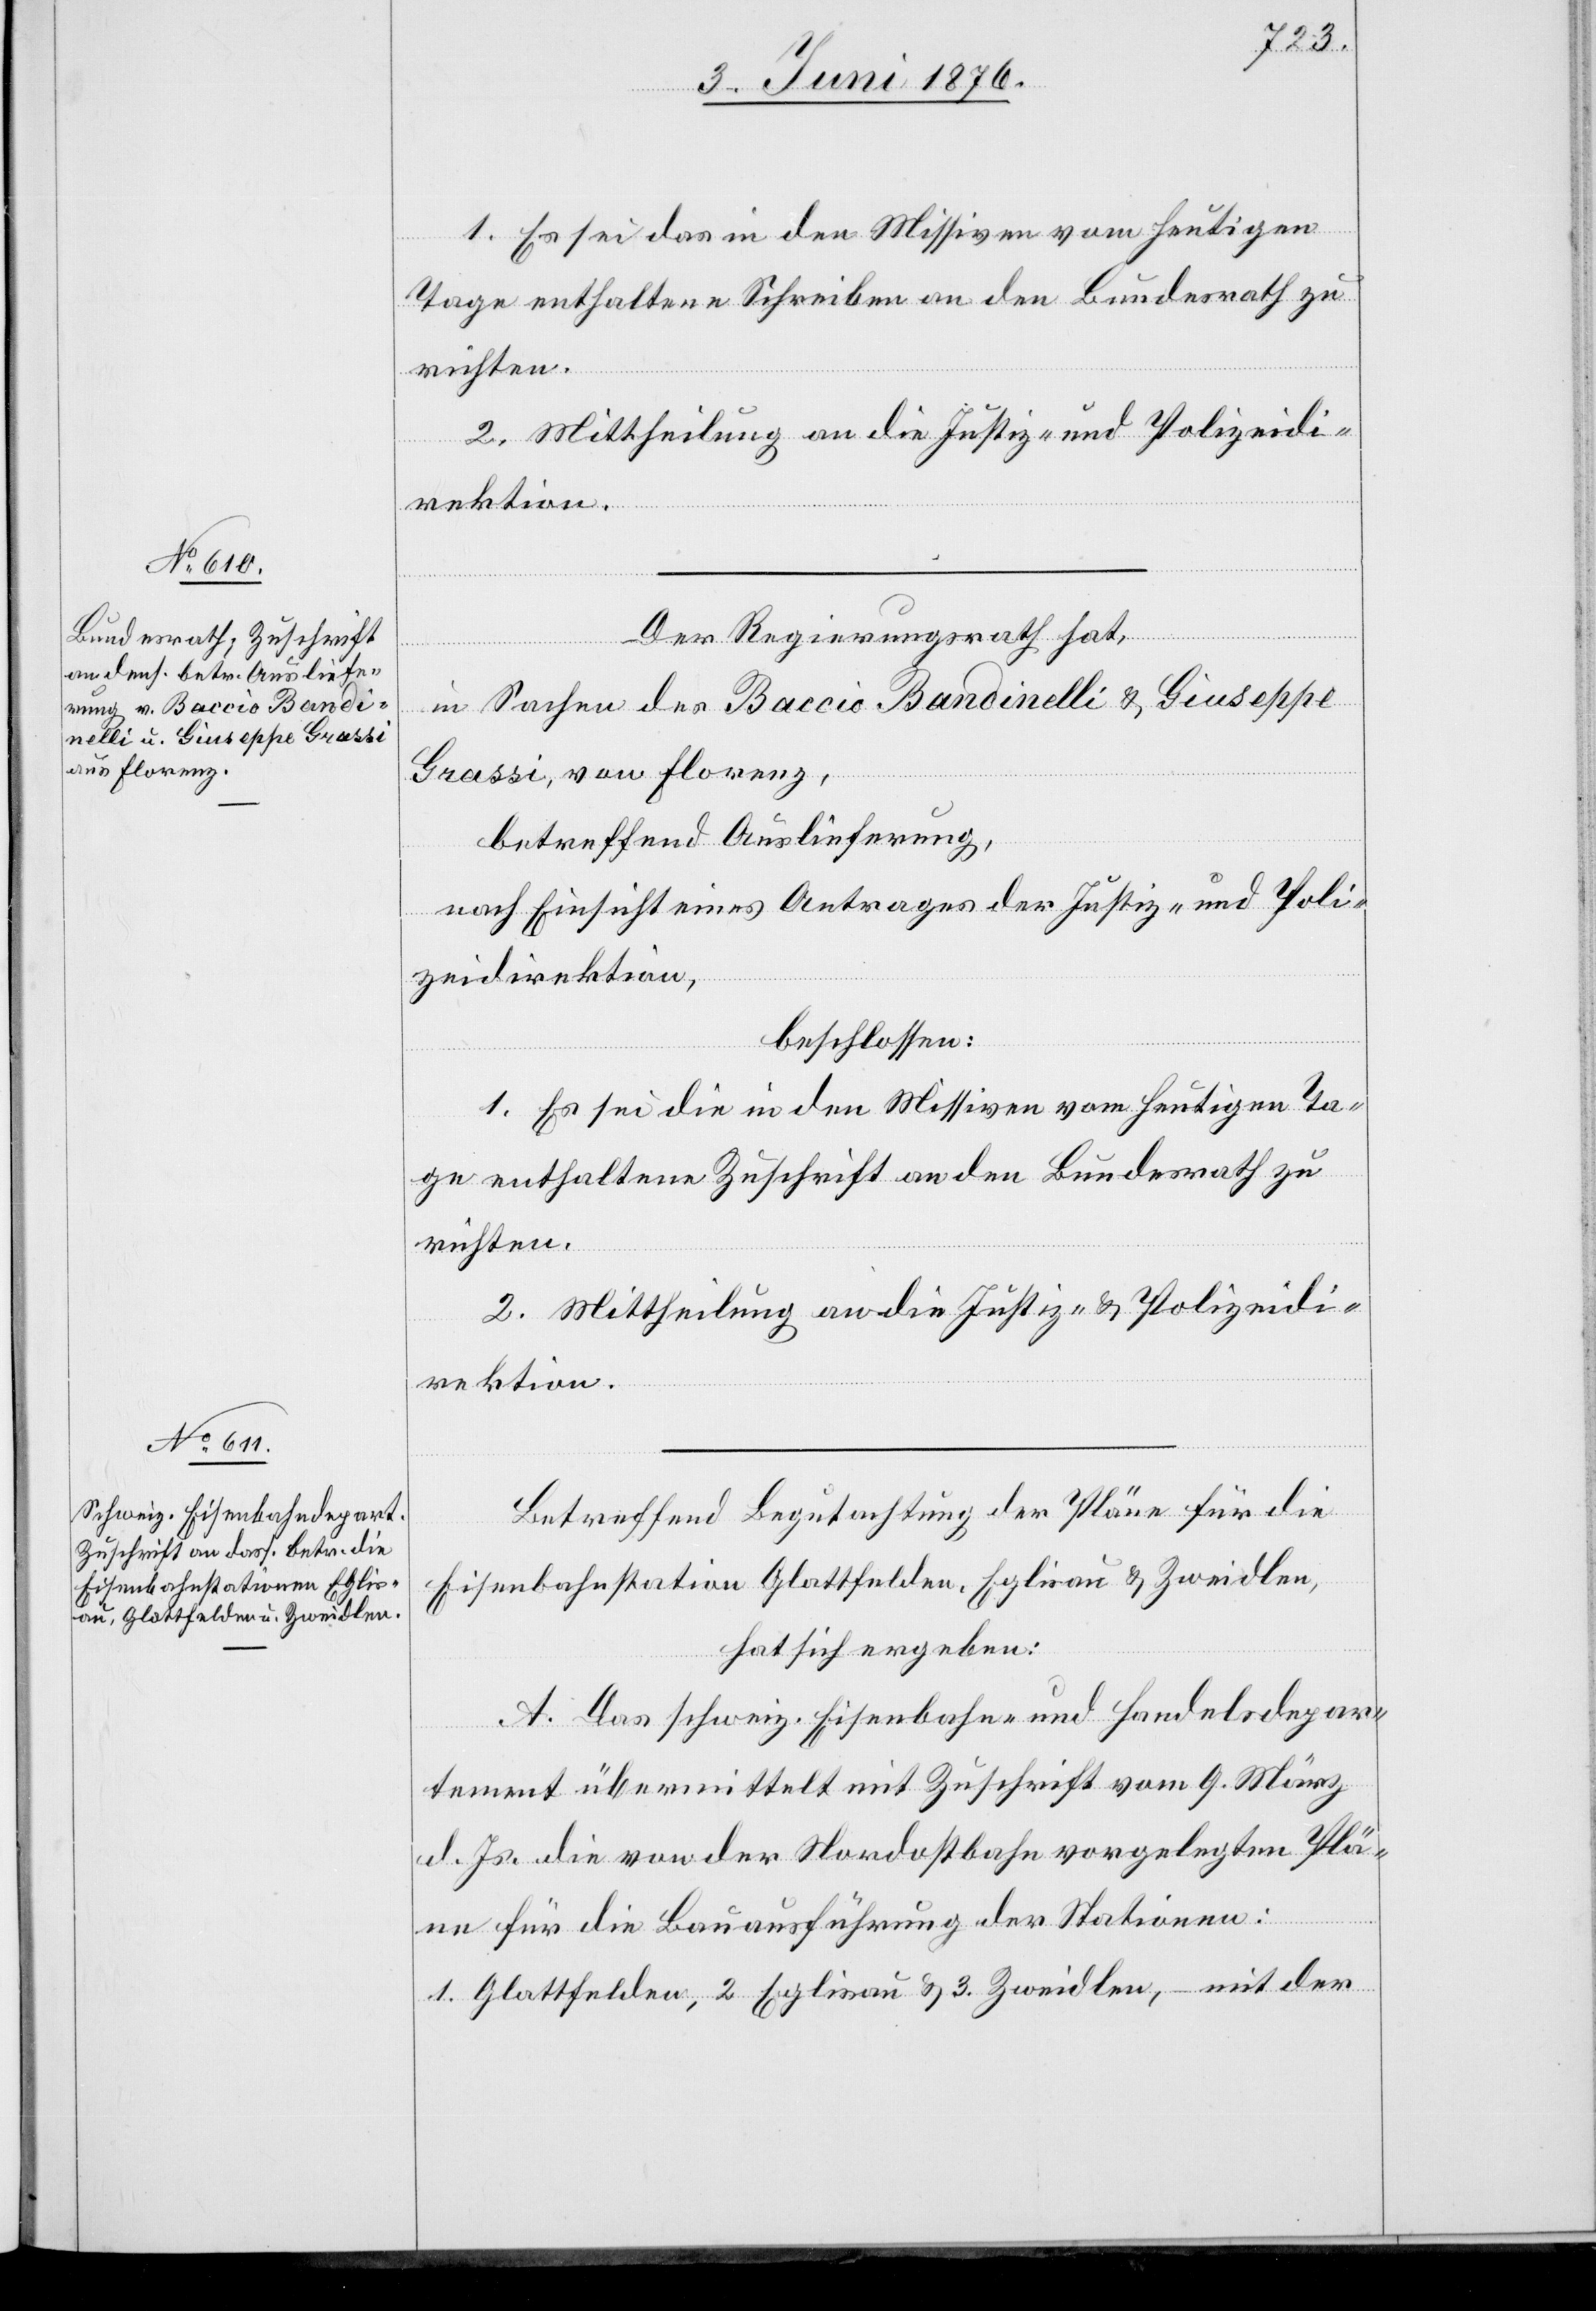
8. Juni 1876.]
1. Es sei das in den Missiven vom heutigen
Tage enthaltene Schreiben an den Bundesrath zu
richten.
2. Mittheilung an die Justiz- und Polizeidi¬
rektion.
Der Regierungsrath hat
in Sachen des Baccio Bandinelli & Giuseppe
Grassi, von Florenz,
betreffend Auslieferung,
nach Einsicht eines Antrages der Justiz- und Poli¬
zeidirektion,
beschlossen:
1. Es sei die in den Missiven vom heutigen Ta¬
ge enthaltene Zuschrift an den Bundesrath zu
richten.
2. Mittheilung an die Justiz- & Polizeidi¬
rektion.
Betreffend Begutachtung der Pläne für die
Eisenbahnstation Glattfelden, Eglisau & Zweidlen,
hat sich ergeben:
A. Das schweiz. Eisenbahn- und Handelsdepar¬
tement übermittelt mit Zuschrift vom 9. März
d. s. die von der Nordostbahn vorgelegten Plä¬
ne für die Bauausführung der Stationen:
1. Glattfelden, 2. Eglisau & 3. Zweidlen, – mit der